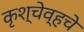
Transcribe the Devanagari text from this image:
कृश्चेव्हचे